Annual report of the Imperial Bacteriologist
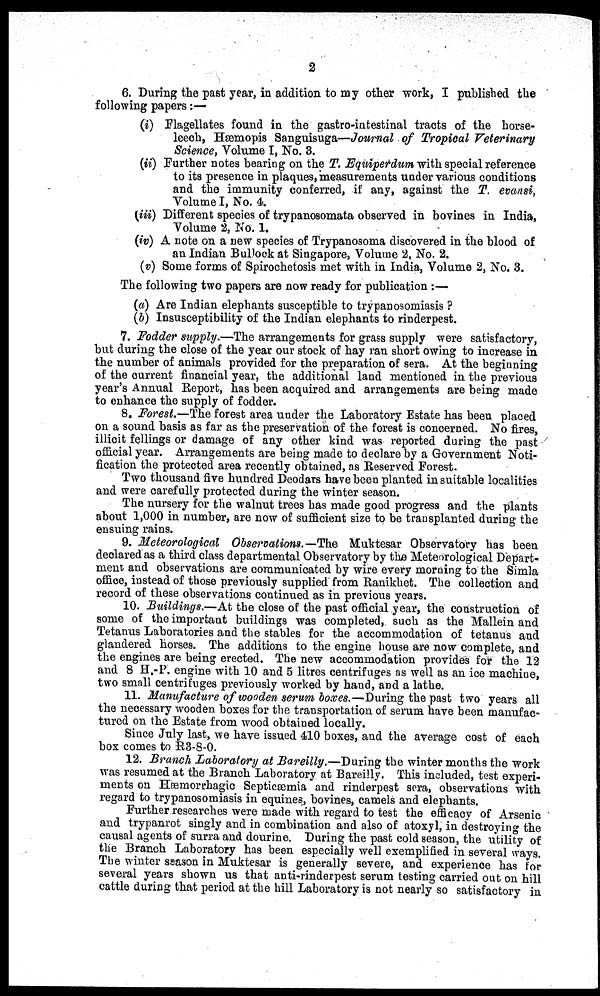
2
6. During the past year, in addition to my other work, I published the
following papers :—
(i) Flagellates found in the gastro-intestinal tracts of the horse-
leech, Hæmopis Sanguisuga—Journal of Tropical Veterinary
Science, Volume I, No. 3.
(ii) Further notes bearing on the T. Equiperdum with special reference
to its presence in plaques, measurements under various conditions
and the immunity conferred, if any, against the T. evansi,
Volume I, No. 4.
(iii) Different species of trypanosomata observed in bovines in India,
Volume 2, No. 1.
(iv) A note on a new species of Trypanosoma discovered in the blood of
an Indian Bullock at Singapore, Volume 2, No. 2.
(v) Some forms of Spirochetosis met with in India, Volume 2, No. 3.
The following two papers are now ready for publication :—
(a) Are Indian elephants susceptible to trypanosomiasis ?
(b) Insusceptibility of the Indian elephants to rinderpest.
7. Fodder supply.—The arrangements for grass supply were satisfactory,
but during the close of the year our stock of hay ran short owing to increase in
the number of animals provided for the preparation of sera. At the beginning
of the current financial year, the additional land mentioned in the previous
year's Annual Report, has been acquired and arrangements are being made
to enhance the supply of fodder.
8. Forest.—The forest area under the Laboratory Estate has been placed
on a sound basis as far as the preservation of the forest is concerned. No fires,
illicit fellings or damage of any other kind was reported during the past
official year. Arrangements are being made to declare by a Government Noti-
fication the protected area recently obtained, as Reserved Forest.
Two thousand five hundred Deodars have been planted in suitable localities
and were carefully protected during the winter season.
The nursery for the walnut trees has made good progress and the plants
about 1,000 in number, are now of sufficient size to be transplanted during the
ensuing rains.
9. Meteorological Observations.—The Muktesar Observatory has been
declared as a third class departmental Observatory by the Meteorological Depart-
ment and observations are communicated by wire every morning to the Simla
office, instead of those previously supplied from Ranikhet. The collection and
record of these observations continued as in previous years.
10. Buildings.—At the close of the past official year, the construction of
some of the important buildings was completed, such as the Mallein and
Tetanus Laboratories and the stables for the accommodation of tetanus and
glandered horses. The additions to the engine house are now complete, and
the engines are being erected. The new accommodation provides for the 12
and 8 H.-P. engine with 10 and 5 litres centrifuges as well as an ice machine,
two small centrifuges previously worked by hand, and a lathe.
11. Manufacture of wooden serum boxes.—During the past two years all
the necessary wooden boxes for the transportation of serum have been manufac-
tured on the Estate from wood obtained locally.
Since July last, we have issued 410 boxes, and the average cost of each
box comes to R3-8-0.
12. Branch Laboratory at Bareilly.—During the winter months the work
was resumed at the Branch Laboratory at Bareilly. This included, test experi-
ments on Hæmorrhagic Septicæmia and rinderpest sera, observations with
regard to trypanosomiasis in equines, bovines, camels and elephants.
Further researches were made with regard to test the efficacy of Arsenic
and trypanrot singly and in combination and also of atoxyl, in destroying the
causal agents of surra and dourine. During the past cold season, the utility of
the Branch Laboratory has been especially well exemplified in several ways.
The winter season in Muktesar is generally severe, and experience has for
several years shown us that anti-rinderpest serum testing carried out on hill
cattle during that period at the hill Laboratory is not nearly so satisfactory in